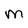
Character: M